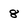
Character: 8